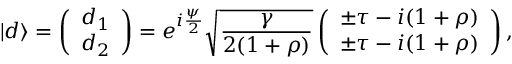
| d \rangle = \left( \begin{array} { l } { d _ { 1 } } \\ { d _ { 2 } } \end{array} \right) = e ^ { i \frac { \psi } { 2 } } \sqrt { \frac { \gamma } { 2 ( 1 + \rho ) } } \left( \begin{array} { l } { \pm \tau - i ( 1 + \rho ) } \\ { \pm \tau - i ( 1 + \rho ) } \end{array} \right) ,